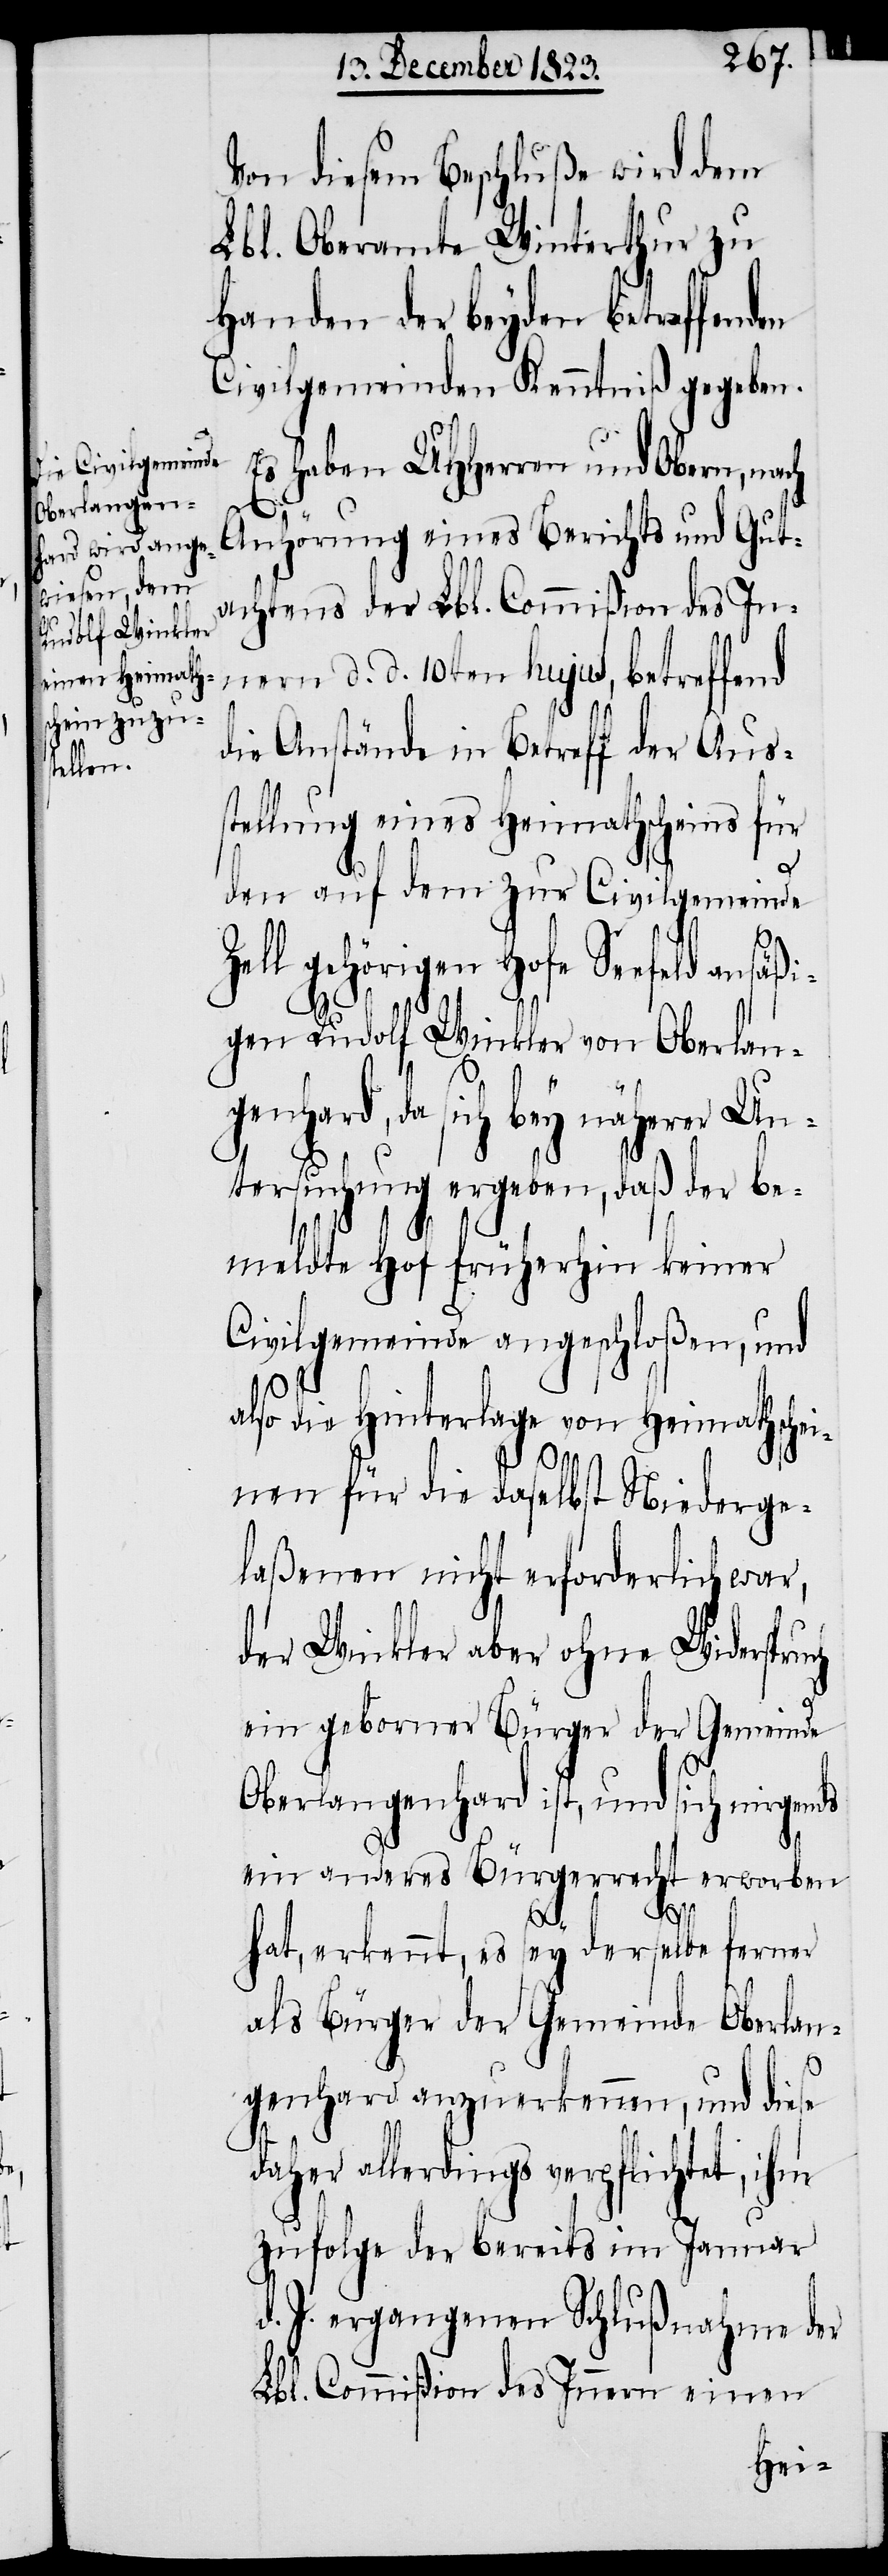
Von diesem Beschluße wird dem
Lbl. Oberamte Winterthur zu
Handen der beyden betreffenden
Civilgemeinden Kenntniß gegeben.
Es haben UHHerren und Obern, nach
Anhörung eines Berichts und Gut¬
achtens der Lbl. Commißion des In¬
nern d. d. 10ten hujus, betreffend
die Anstände in Betreff der Auss¬
tellung eines Heimathscheins für
den auf dem zur Civilgemeinde
Zell gehörigen Hofe Seefeld ansäß¬
ch
igen Rudolf Winkler von Oberlan¬
genhard, da sich bey näherer Un¬
tersuchung ergeben, daß der be¬
meldte Hof früherhin keiner
Civilgemeinde angeschloßen, und
also die Hinterlage von Heimathschei¬
nen für die daselbst Niederge¬
laßenen nicht erforderlich war,
der Winkler aber ohne Widerspru¬
ein geborner Bürger der Gemeinde
Oberlangehard ist, und sich nirgends
ein anderes Bürgerrecht erworben
hat, erkennt, es sey derselbe ferner
als Bürger der Gemeinde Oberlan¬
genhard anzuerkennen, und diese
daher allerdings verpflichtet, ihm
zufolge der bereits im Januar
d. J. ergangenen Schlußnahme der
Lbl. Commißion des Innern einen